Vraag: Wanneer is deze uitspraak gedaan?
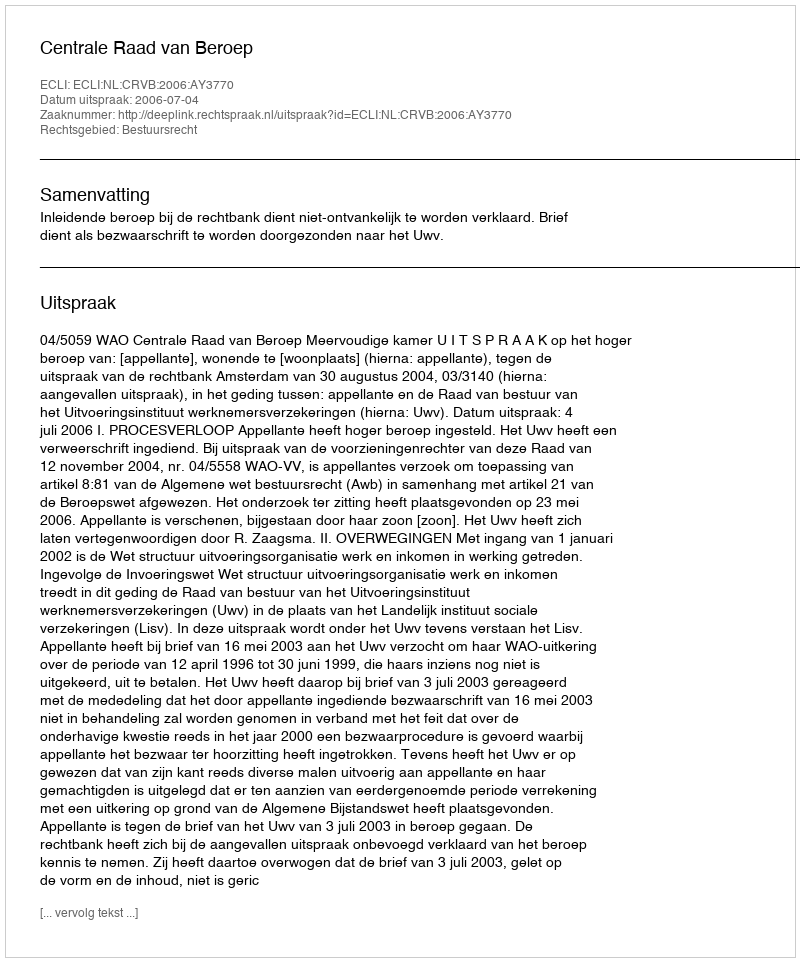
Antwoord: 2006-07-04